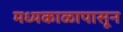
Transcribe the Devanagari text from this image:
मध्यकाळापासून